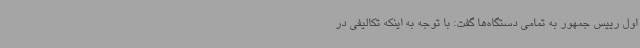
اول رییس جمهور به تمامی دستگاه‌ها گفت: با توجه به اینکه تکالیفی در